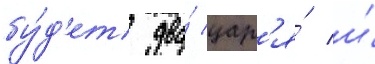
бу́д'ет два́ цар'я́ и́